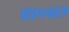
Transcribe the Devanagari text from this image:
४५०६६१